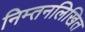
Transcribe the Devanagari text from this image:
निम्तनलिखित